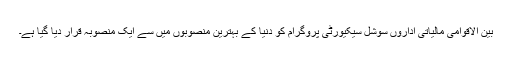
بین الاقوامی مالیاتی اداروں سوشل سیکیورٹی پروگرام کو دنیا کے بہترین منصوبوں میں سے ایک منصوبہ قرار دیا گیا ہے۔